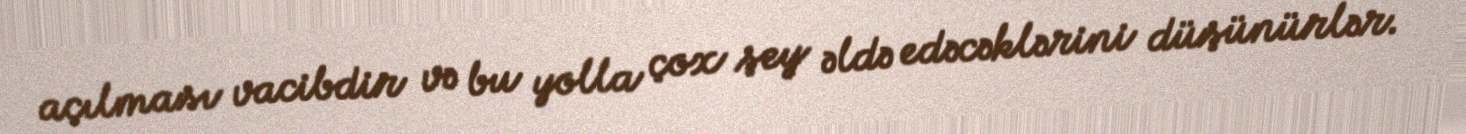
açılması vacibdir və bu yolla çox şey əldə edəcəklərini düşünürlər.